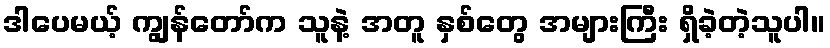
ဒါပေမယ့် ကျွန်တော်က သူနဲ့ အတူ နှစ်တွေ အများကြီး ရှိခဲ့တဲ့သူပါ။